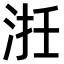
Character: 𣵱